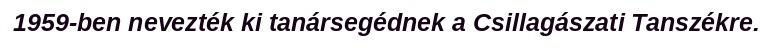
1959-ben nevezték ki tanársegédnek a Csillagászati Tanszékre.